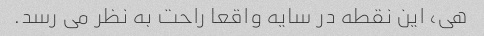
هی، این نقطه در سایه واقعا راحت به نظر می رسد.